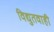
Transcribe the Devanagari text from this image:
विद्युतवाही